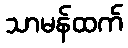
သာမန်ထက်